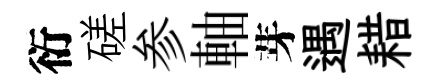
衍磋参軸芽遇耤